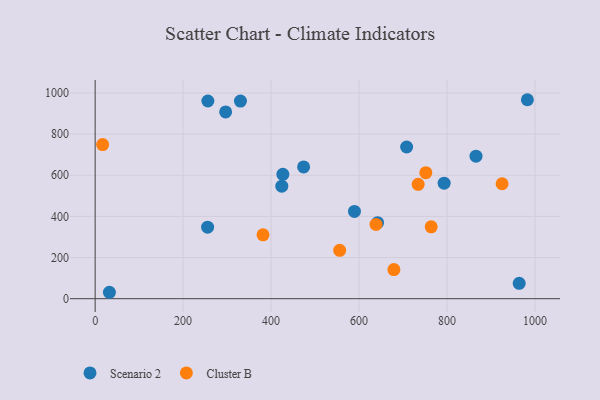
{"axis": {"x": "Speed", "y": "Rating"}, "legend": ["Cluster B", "Scenario 2"], "data": [{"x": "708.3", "y": 737.3, "type": "Scenario 2"}, {"x": "296.7", "y": 907.9, "type": "Scenario 2"}, {"x": "330.4", "y": 960.6, "type": "Scenario 2"}, {"x": "866.0", "y": 692.9, "type": "Scenario 2"}, {"x": "982.8", "y": 967.1, "type": "Scenario 2"}, {"x": "32.4", "y": 31.2, "type": "Scenario 2"}, {"x": "424.4", "y": 546.7, "type": "Scenario 2"}, {"x": "255.7", "y": 347.4, "type": "Scenario 2"}, {"x": "964.2", "y": 74.8, "type": "Scenario 2"}, {"x": "426.8", "y": 604.6, "type": "Scenario 2"}, {"x": "793.5", "y": 561.4, "type": "Scenario 2"}, {"x": "642.2", "y": 369.7, "type": "Scenario 2"}, {"x": "256.3", "y": 961.0, "type": "Scenario 2"}, {"x": "474.0", "y": 640.7, "type": "Scenario 2"}, {"x": "589.6", "y": 424.2, "type": "Scenario 2"}, {"x": "679.3", "y": 141.3, "type": "Cluster B"}, {"x": "638.6", "y": 360.9, "type": "Cluster B"}, {"x": "381.7", "y": 310.2, "type": "Cluster B"}, {"x": "751.9", "y": 612.7, "type": "Cluster B"}, {"x": "556.0", "y": 234.9, "type": "Cluster B"}, {"x": "734.5", "y": 555.9, "type": "Cluster B"}, {"x": "925.3", "y": 558.6, "type": "Cluster B"}, {"x": "17.0", "y": 749.0, "type": "Cluster B"}, {"x": "764.1", "y": 349.3, "type": "Cluster B"}]}